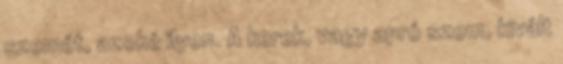
szemét, azoké ilyen. A kerek, vagy apró szem, kivált